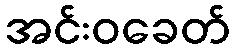
အင်းဝခေတ်